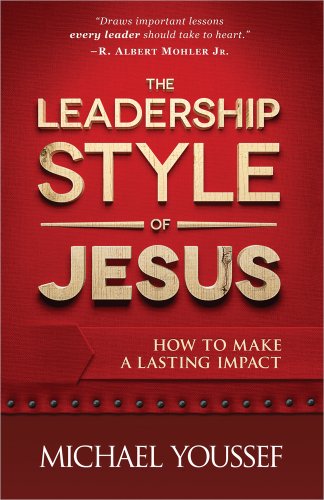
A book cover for The Leadership Style of Jesus: How to Make a Lasting Impact; Michael Youssef; Christian Books & Bibles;